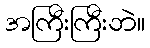
အကြီးကြီးဘဲ။